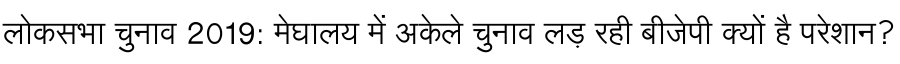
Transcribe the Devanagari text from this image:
लोकसभा चुनाव 2019: मेघालय में अकेले चुनाव लड़ रही बीजेपी क्यों है परेशान?